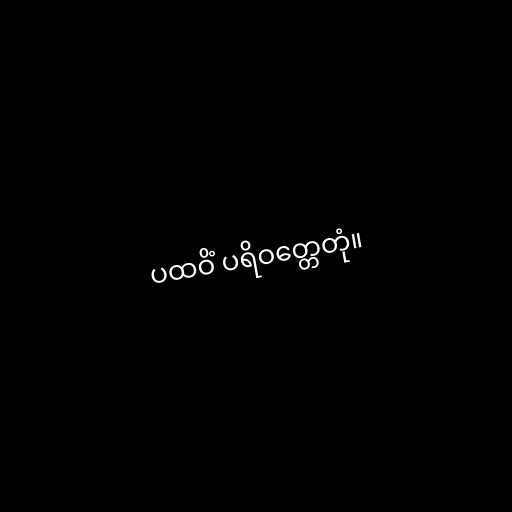
ပထဝိံ ပရိဝတ္တေတုံ။